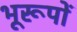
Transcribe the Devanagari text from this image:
भूरूपों